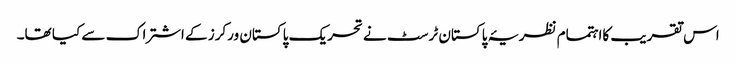
اس تقریب کااہتمام نظریۂ پاکستان ٹرسٹ نے تحریک پاکستان ورکرز کے اشتراک سے کیا تھا۔